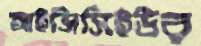
আইসিসিইউর